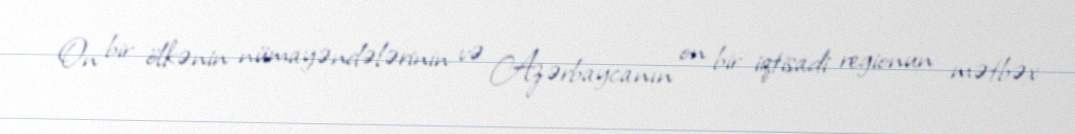
On bir ölkənin nümayəndələrinin və Azərbaycanın on bir iqtisadi regionun mətbəx